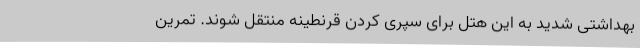
بهداشتی شدید به این هتل برای سپری کردن قرنطینه منتقل شوند. تمرین